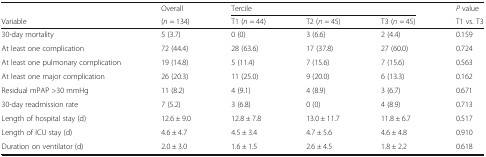
<table><thead><tr><td></td><td><b>Overall</b></td><td colspan="3"><b>Tercile</b></td><td><b><i>P</i> value</b></td></tr><tr><td><b>Variable</b></td><td><b>(<i>n</i> = 134)</b></td><td><b>T1 (<i>n</i> = 44)</b></td><td><b>T2 (<i>n</i> = 45)</b></td><td><b>T3 (<i>n</i> = 45)</b></td><td><b>T1 vs. T3</b></td></tr></thead><tbody><tr><td>30-day mortality</td><td>5 (3.7)</td><td>0 (0)</td><td>3 (6.6)</td><td>2 (4.4)</td><td>0.159</td></tr><tr><td>At least one complication</td><td>72 (44.4)</td><td>28 (63.6)</td><td>17 (37.8)</td><td>27 (60.0)</td><td>0.724</td></tr><tr><td>At least one pulmonary complication</td><td>19 (14.8)</td><td>5 (11.4)</td><td>7 (15.6)</td><td>7 (15.6)</td><td>0.563</td></tr><tr><td>At least one major complication</td><td>26 (20.3)</td><td>11 (25.0)</td><td>9 (20.0)</td><td>6 (13.3)</td><td>0.162</td></tr><tr><td>Residual mPAP &gt;30 mmHg</td><td>11 (8.2)</td><td>4 (9.1)</td><td>4 (8.9)</td><td>3 (6.7)</td><td>0.671</td></tr><tr><td>30-day readmission rate</td><td>7 (5.2)</td><td>3 (6.8)</td><td>0 (0)</td><td>4 (8.9)</td><td>0.713</td></tr><tr><td>Length of hospital stay (d)</td><td>12.6 ± 9.0</td><td>12.8 ± 7.8</td><td>13.0 ± 11.7</td><td>11.8 ± 6.7</td><td>0.517</td></tr><tr><td>Length of ICU stay (d)</td><td>4.6 ± 4.7</td><td>4.5 ± 3.4</td><td>4.7 ± 5.6</td><td>4.6 ± 4.8</td><td>0.910</td></tr><tr><td>Duration on ventilator (d)</td><td>2.0 ± 3.0</td><td>1.6 ± 1.5</td><td>2.6 ± 4.5</td><td>1.8 ± 2.2</td><td>0.618</td></tr></tbody></table>